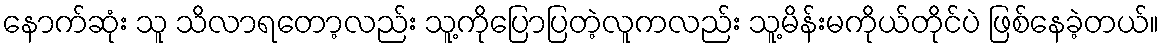
နောက်ဆုံး သူ သိလာရတော့လည်း သူ့ကိုပြောပြတဲ့လူကလည်း သူ့မိန်းမကိုယ်တိုင်ပဲ ဖြစ်နေခဲ့တယ်။